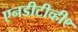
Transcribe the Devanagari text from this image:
एनडीटीव्ही९